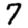
Digit: 7